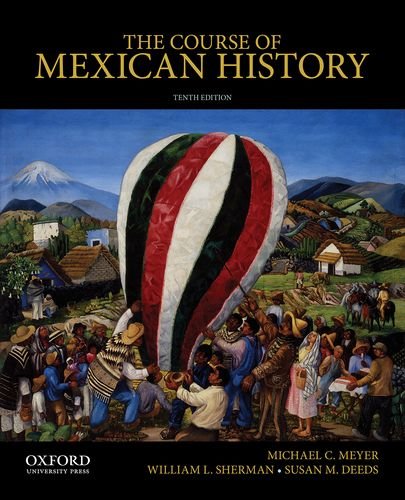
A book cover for The Course of Mexican History; Michael Meyer; History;